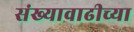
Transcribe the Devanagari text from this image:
संख्यावाढीच्या